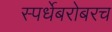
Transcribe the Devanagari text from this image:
स्पर्धेबरोबरच